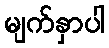
မျက်နှာပါ